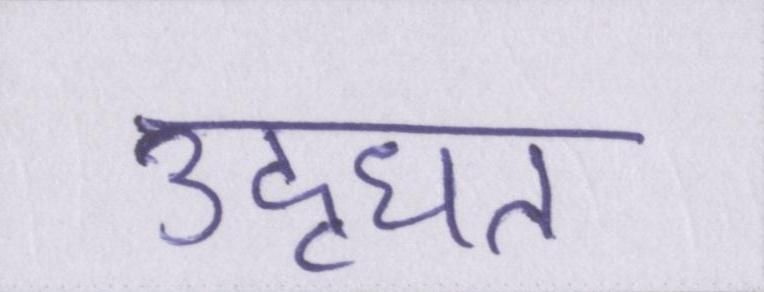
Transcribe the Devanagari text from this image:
उद्धृत